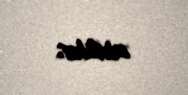
etdilər.